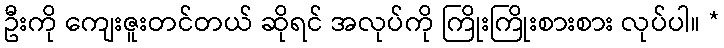
ဦးကို ကျေးဇူးတင်တယ် ဆိုရင် အလုပ်ကို ကြိုးကြိုးစားစား လုပ်ပါ။ *